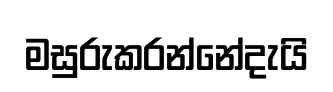
මසුරුකරන්නේදැයි